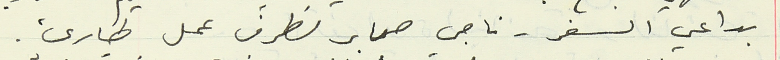
بداعي السفر - ناجي صابر لظرف عمل طارئ.